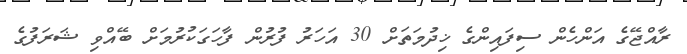
ރާއްޖޭގެ އަންހެން ސިފައިންގެ ޚިދުމަތަށް 30 އަހަރު ފުރުން ފާހަގަކުރުމަށް ބޭއްވި ޝަރަފުގެ